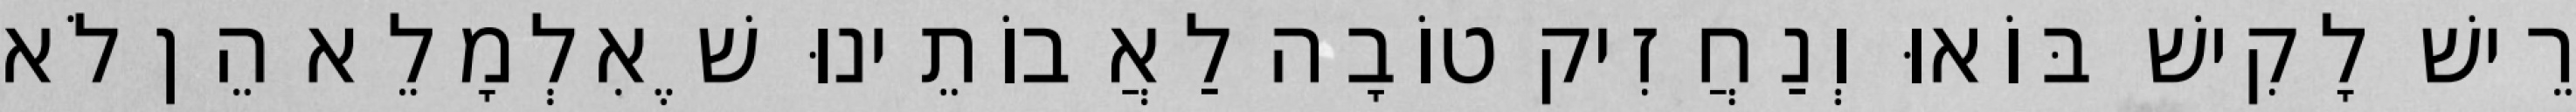
רֵישׁ לָקִישׁ בּוֹאוּ וְנַחֲזִיק טוֹבָה לַאֲבוֹתֵינוּ שֶׁאִלְמָלֵא הֵן לֹא